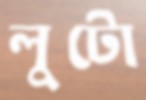
লুটো